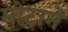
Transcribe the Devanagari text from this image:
मोटाने